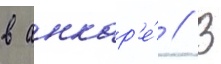
в анкар'е́ // В